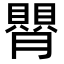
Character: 𦡺